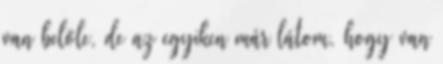
van belőle, de az egyiken már látom, hogy van